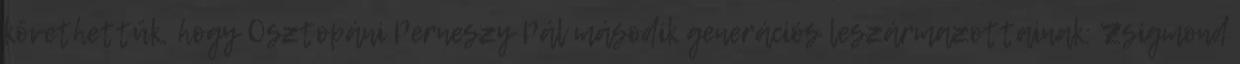
követhettük, hogy Osztopáni Perneszy Pál második generációs leszármazottainak: Zsigmond